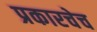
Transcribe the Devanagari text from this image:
प्रकारचेच